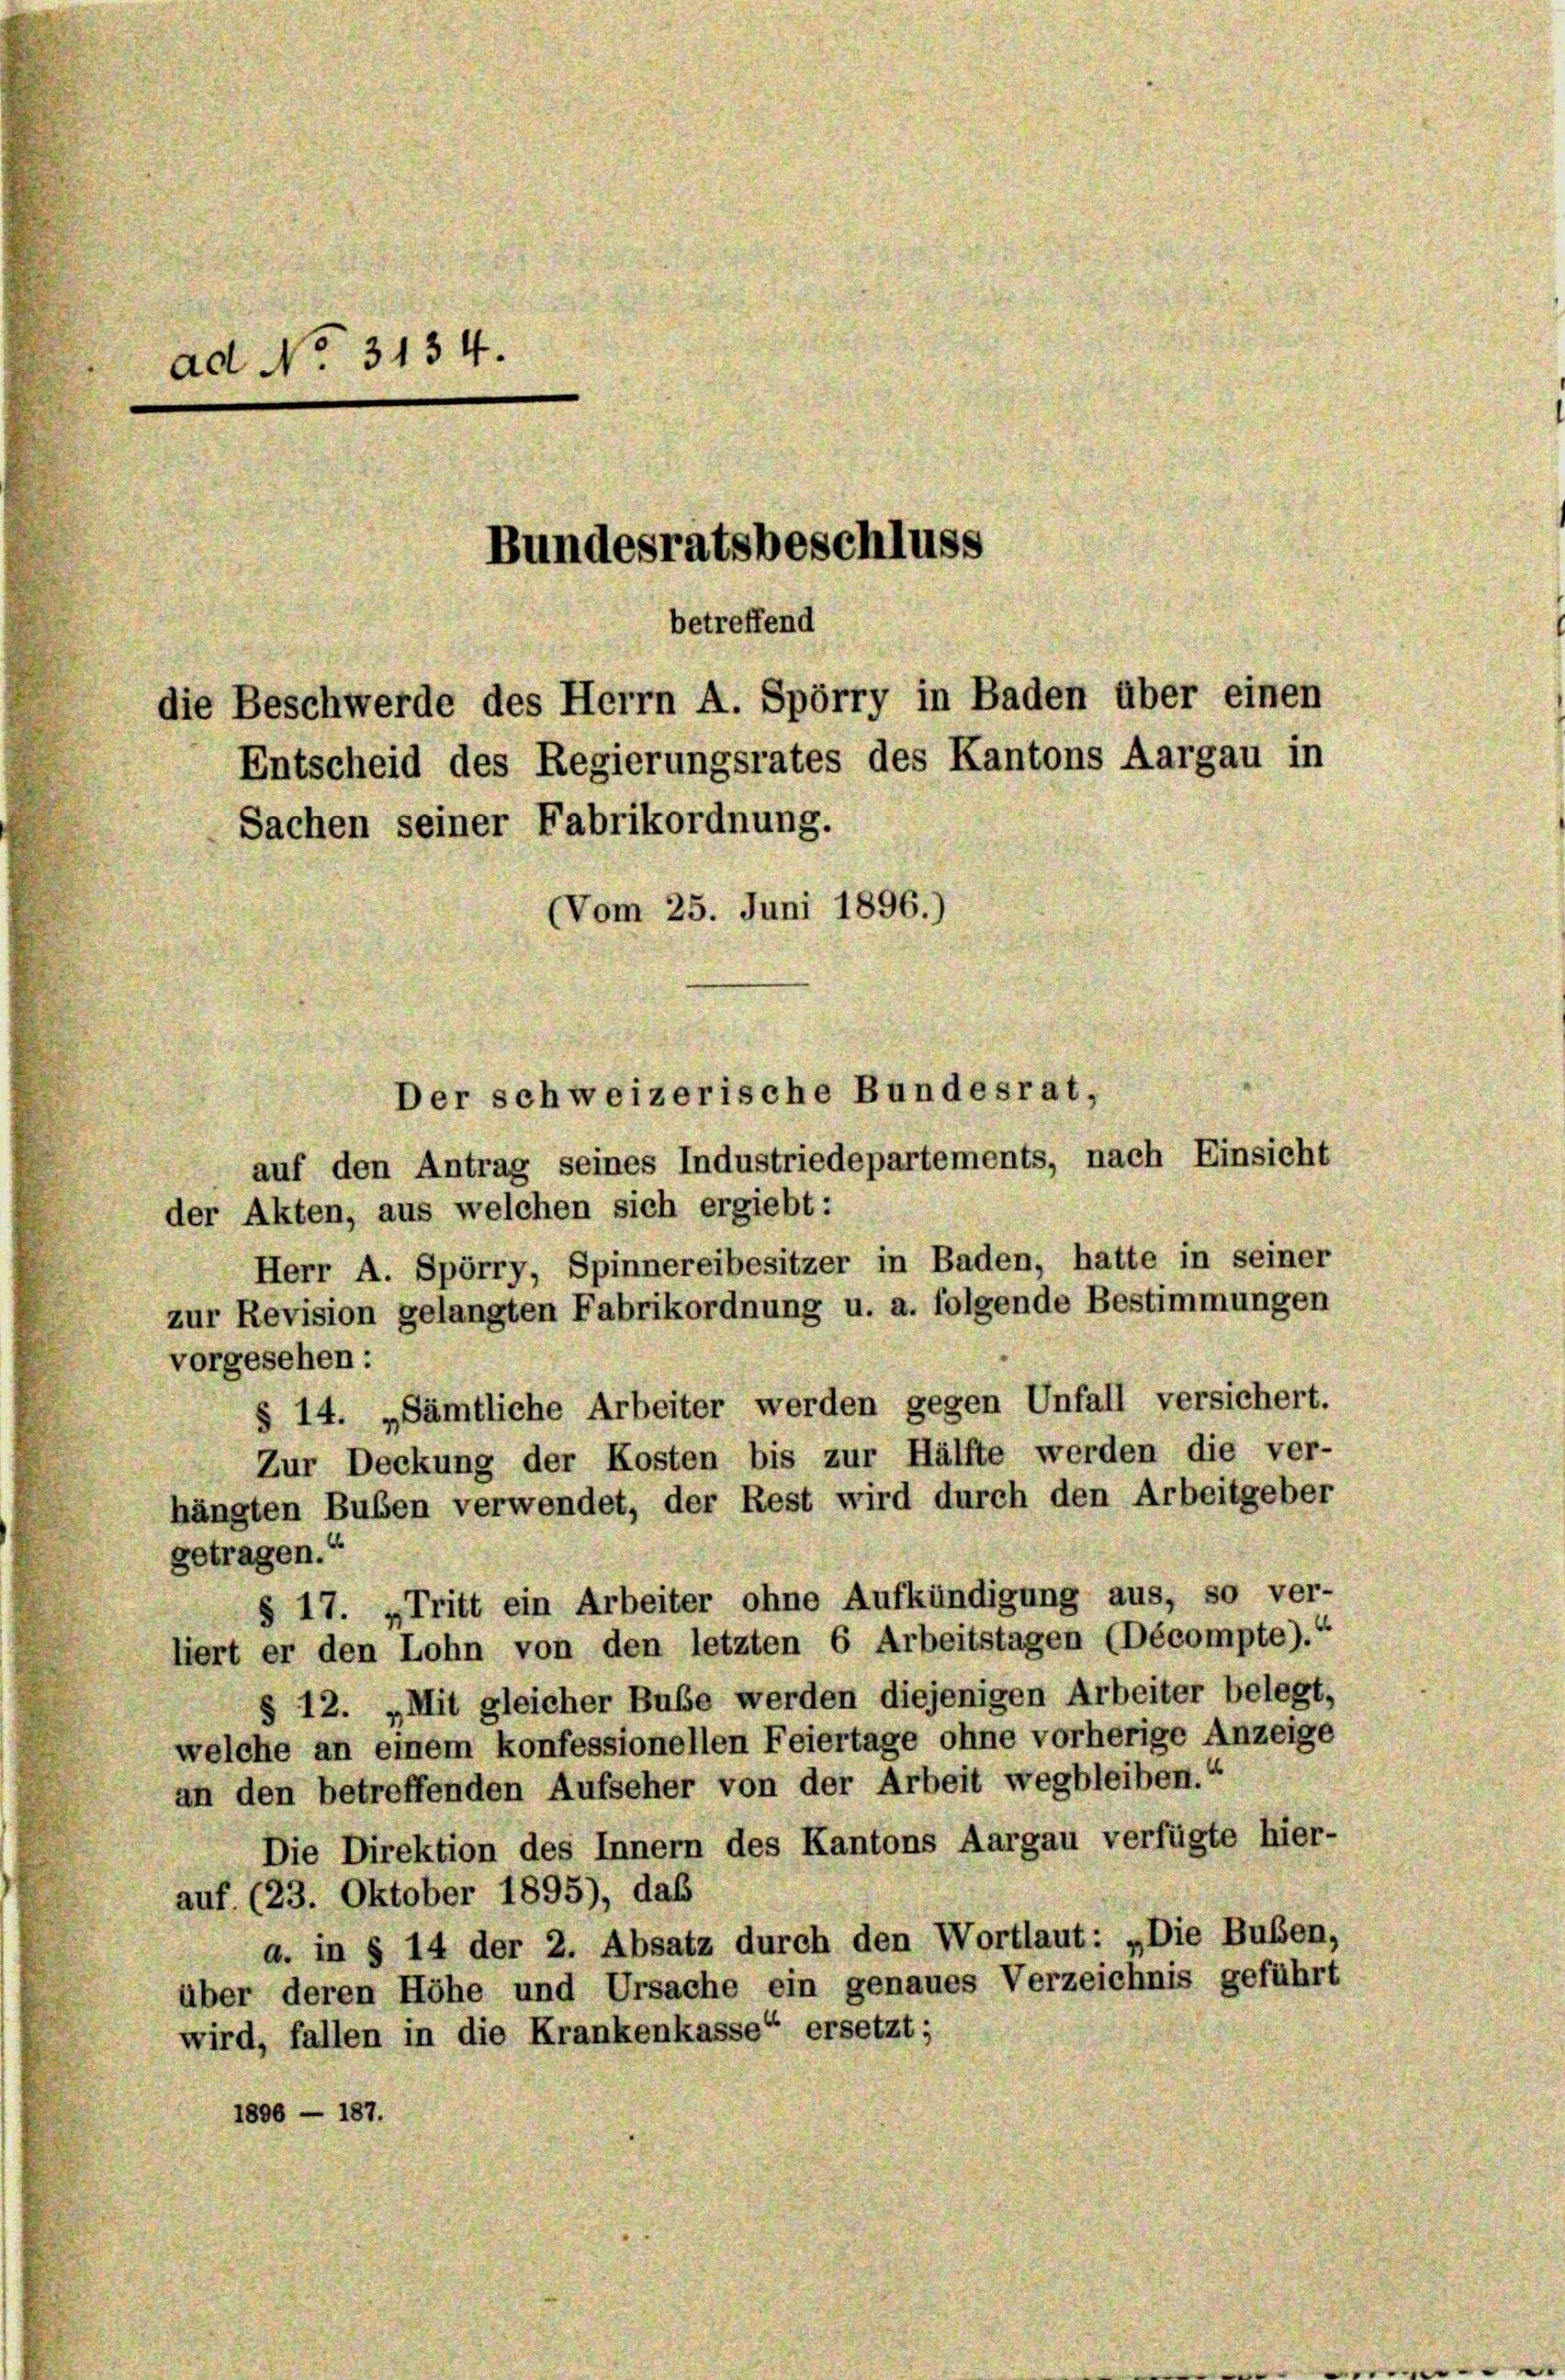
ad No. 3134.
Bundesratsbeschluss
betreffend
die Beschwerde des Herrn A. Spörry in Baden über einen
Entscheid des Regierungsrates des Kantons Aargau in
Sachen seiner Fabrikordnung.
Vom 25. Juni 1896.
Der schweizerische Bundesrat,

auf den Antrag seines Industriedepartements, nach Einsicht
der Akten, aus welchen sich ergiebt:
Herr A. Spörry, Spinnereibesitzer in Baden, hatte in seiner
zur Revision gelangten Fabrikordnung u. a. folgende Bestimmungen
vorgesehen:
§ 14. „Sämtliche Arbeiter werden gegen Unfall versichert.
Zur Deckung der Kosten bis zur Hälfte werden die ver-
hängten Buben verwendet, der Rest wird durch den Arbeitgeber
getragen.“
§ 17. „Tritt ein Arbeiter ohne Aufkündigung aus, so ver-
liert er den Lohn von den letzten 6 Arbeitstagen (Décompte).“
§ 12. „Mit gleicher Bube werden diejenigen Arbeiter belegt,
welche an einem konfessionellen Feiertage ohne vorherige Anzeige
an den betreffenden Aufseher von der Arbeit wegbleiben.“
Die Direktion des Innern des Kantons Aargau verfügte hier-
auf. (23. Oktober 1895), das
a. in § 14 der 2. Absatz durch den Wortlaut: „Die Buben,
über deren Höhe und Ursache ein genaues Verzeichnis geführt
wird, fallen in die Krankenkasse“ ersetzt;
1896 — 187.